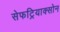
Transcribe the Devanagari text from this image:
सेफट्रियाक्सोन